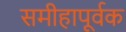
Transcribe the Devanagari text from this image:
समीहापूर्वक